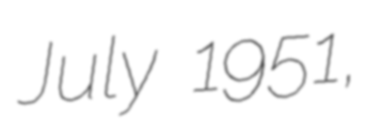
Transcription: July 1951,